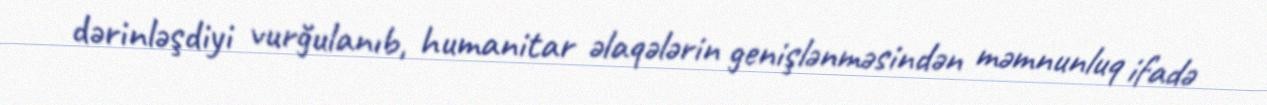
dərinləşdiyi vurğulanıb, humanitar əlaqələrin genişlənməsindən məmnunluq ifadə